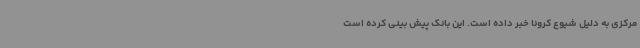
مرکزی به دلیل شیوع کرونا خبر داده است. این بانک پیش بینی کرده است